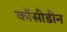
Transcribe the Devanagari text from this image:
कोंसीडीन